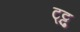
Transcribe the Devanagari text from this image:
ट्ट्टु